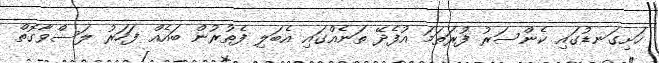
ހަށިގަނޑުގައި ކެންސަރު ފުރަތަމަ އުފެދޭ ތަނެއްގައި އެބަލި ފެތުރުން ބައެއް ފަހަރު ލަސްވާގޮތް